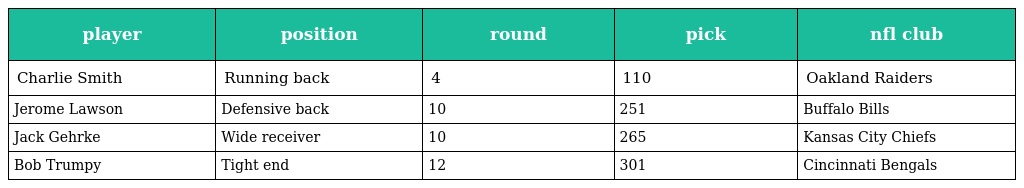
| player | position | round | pick | nfl club |
 | --- | --- | --- | --- | --- |
 | Charlie Smith | Running back | 4 | 110 | Oakland Raiders |
 | Jerome Lawson | Defensive back | 10 | 251 | Buffalo Bills |
 | Jack Gehrke | Wide receiver | 10 | 265 | Kansas City Chiefs |
 | Bob Trumpy | Tight end | 12 | 301 | Cincinnati Bengals |